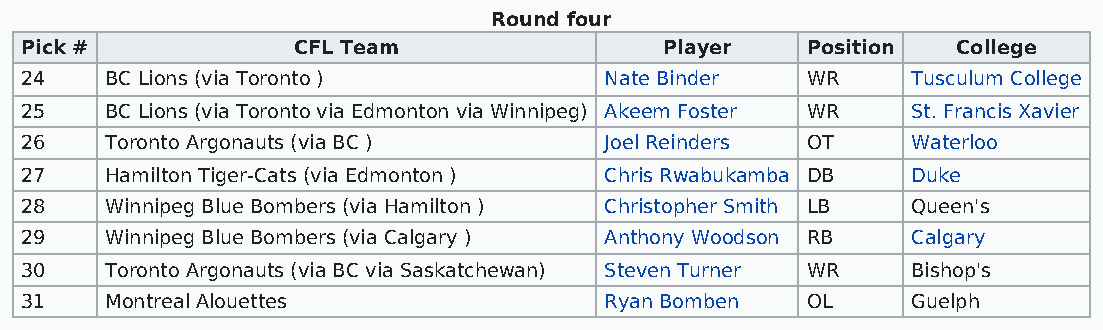
Round four
 Pick #            CFL Team                 Player   Position  College
 24    BC Lions (via Toronto )          Nate Binder  WR     Tusculum College
 25    BC Lions (via Toronto via Edmonton via Winnipeg) Akeem Foster WR St. Francis Xavier
 26    Toronto Argonauts (via BC )      Joel Reinders OT    Waterloo
 27    Hamilton Tiger-Cats (via Edmonton ) Chris Rwabukamba DB Duke
 28    Winnipeg Blue Bombers (via Hamilton ) Christopher Smith LB Queen's
 29    Winnipeg Blue Bombers (via Calgary ) Anthony Woodson RB Calgary
 30    Toronto Argonauts (via BC via Saskatchewan) Steven Turner WR Bishop's
 31    Montreal Alouettes               Ryan Bomben  OL     Guelph